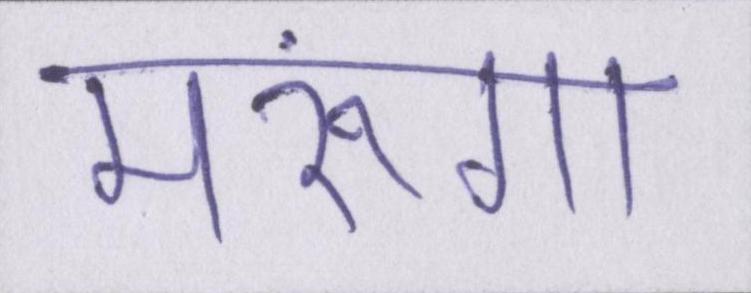
मरूंगा